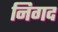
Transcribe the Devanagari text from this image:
निगद